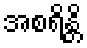
အစရိန္တိ